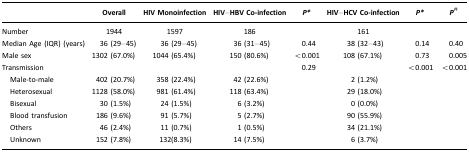
<table><thead><tr><td></td><td><b>Overall</b></td><td><b>HIV Monoinfection</b></td><td><b>HIV–HBV Co-infection</b></td><td><b><i>P*</i></b></td><td><b>HIV–HCV Co-infection</b></td><td><b><i>P*</i></b></td><td><b><i>P#</i></b></td></tr></thead><tbody><tr><td>Number</td><td>1944</td><td>1597</td><td>186</td><td></td><td>161</td><td></td><td></td></tr><tr><td>Median Age (IQR) (years)</td><td>36 (29–45)</td><td>36 (29–45)</td><td>36 (31–45)</td><td>0.44</td><td>38 (32–43)</td><td>0.14</td><td>0.40</td></tr><tr><td>Male sex</td><td>1302 (67.0%)</td><td>1044 (65.4%)</td><td>150 (80.6%)</td><td>&lt;0.001</td><td>108 (67.1%)</td><td>0.73</td><td>0.005</td></tr><tr><td>Transmission</td><td></td><td></td><td></td><td>0.29</td><td></td><td>&lt;0.001</td><td>&lt;0.001</td></tr><tr><td> Male-to-male</td><td>402 (20.7%)</td><td>358 (22.4%)</td><td>42 (22.6%)</td><td></td><td>2 (1.2%)</td><td></td><td></td></tr><tr><td> Heterosexual</td><td>1128 (58.0%)</td><td>981 (61.4%)</td><td>118 (63.4%)</td><td></td><td>29 (18.0%)</td><td></td><td></td></tr><tr><td> Bisexual</td><td>30 (1.5%)</td><td>24 (1.5%)</td><td>6 (3.2%)</td><td></td><td>0 (0.0%)</td><td></td><td></td></tr><tr><td> Blood transfusion</td><td>186 (9.6%)</td><td>91 (5.7%)</td><td>5 (2.7%)</td><td></td><td>90 (55.9%)</td><td></td><td></td></tr><tr><td> Others</td><td>46 (2.4%)</td><td>11 (0.7%)</td><td>1 (0.5%)</td><td></td><td>34 (21.1%)</td><td></td><td></td></tr><tr><td> Unknown</td><td>152 (7.8%)</td><td>132(8.3%)</td><td>14 (7.5%)</td><td></td><td>6 (3.7%)</td><td></td><td></td></tr></tbody></table>